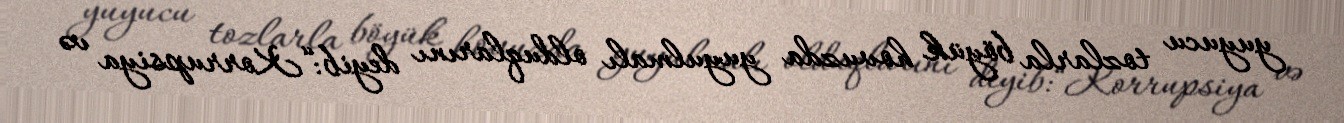
yuyucu tozlarla böyük hovuzda yuyulmalı olduqlarını deyib:“Korrupsiya və